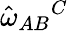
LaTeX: \hat{\omega}_{AB}{}^{C}